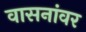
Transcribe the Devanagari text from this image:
वासनांवर